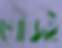
খোঁজই